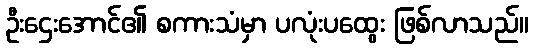
ဦးဌေးအောင်၏ စကားသံမှာ ပလုံးပထွေး ဖြစ်လာသည်။